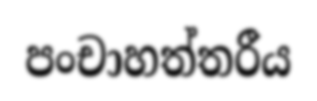
පංචාහත්තරීය